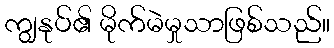
ကျွနုပ်၏ မိုက်မဲမှုသာဖြစ်သည်။